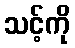
သင့်ကို